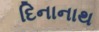
દિનાનાથ